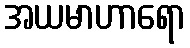
အယမာဟာရော